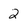
Character: 2